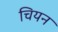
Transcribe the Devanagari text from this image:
चियन